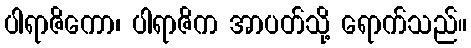
ပါရာဇိကော၊ ပါရာဇိက အာပတ်သို့ ရောက်သည်။